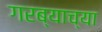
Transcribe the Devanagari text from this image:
गरब्याच्या